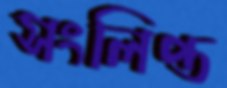
সংলিপ্ত